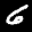
Label: 6